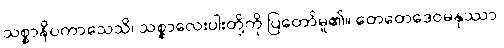
သစ္စာနိပကာသေသိ၊ သစ္စာလေးပါးတို့ကို ပြတော်မူ၏။ တေတေဒေဝမနုဿာ၊